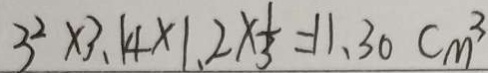
3 ^ { 2 } \times 3 . 1 4 \times 1 . 2 \times \frac { 1 } { 3 } = 1 1 . 3 0 c m ^ { 3 }